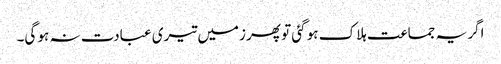
اگر یہ جماعت ہلاک ہو گئی تو پھر زمیں تیری عبادت نہ ہو گی۔